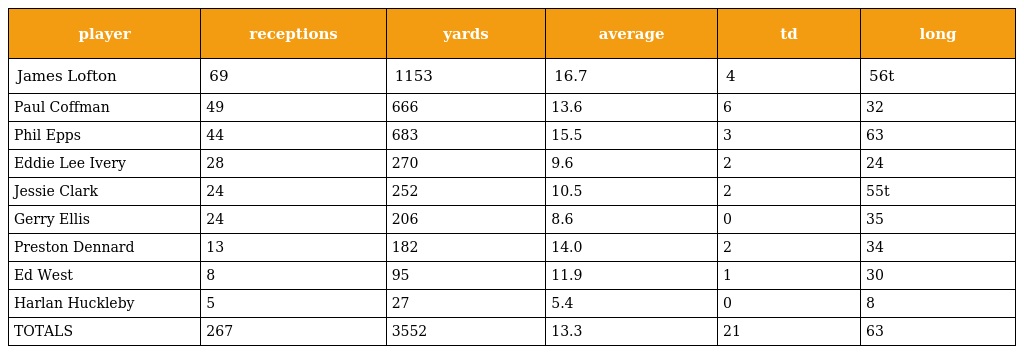
| player | receptions | yards | average | td | long |
 | --- | --- | --- | --- | --- | --- |
 | James Lofton | 69 | 1153 | 16.7 | 4 | 56t |
 | Paul Coffman | 49 | 666 | 13.6 | 6 | 32 |
 | Phil Epps | 44 | 683 | 15.5 | 3 | 63 |
 | Eddie Lee Ivery | 28 | 270 | 9.6 | 2 | 24 |
 | Jessie Clark | 24 | 252 | 10.5 | 2 | 55t |
 | Gerry Ellis | 24 | 206 | 8.6 | 0 | 35 |
 | Preston Dennard | 13 | 182 | 14.0 | 2 | 34 |
 | Ed West | 8 | 95 | 11.9 | 1 | 30 |
 | Harlan Huckleby | 5 | 27 | 5.4 | 0 | 8 |
 | TOTALS | 267 | 3552 | 13.3 | 21 | 63 |